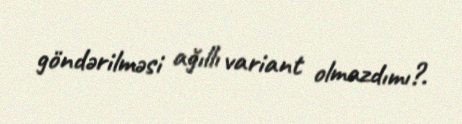
göndərilməsi ağıllı variant olmazdımı?.